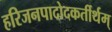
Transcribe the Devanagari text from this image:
हरिजनपादोदकर्तीर्थम्‌